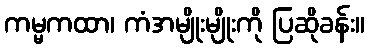
ကမ္မကထာ၊ ကံအမျိုးမျိုးကို ပြဆိုခန်း။